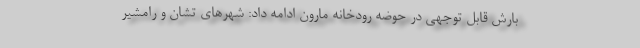
بارش‌ قابل توجهی در حوضه رودخانه مارون ادامه داد: شهرهای تشان و رامشیر